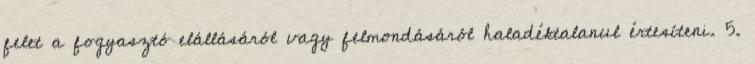
felet a fogyasztó elállásáról vagy felmondásáról haladéktalanul értesíteni. 5.